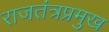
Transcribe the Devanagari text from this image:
राजतंत्रप्रमुख